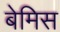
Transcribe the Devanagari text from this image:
बेमिस